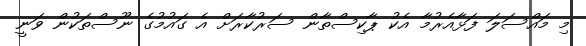
މި މައްސަލަ ފަޅާއެރުމާ އެކު ޕާކިސްތާން ސަރުކާރަށް އެ ގައުމުގެ ނޫސްތަކުން ވަނީ